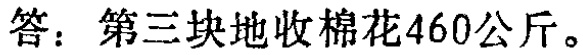
答：第三块地收棉花460公斤。